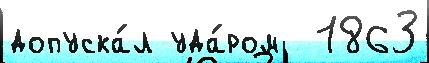
допуска́л уда́ром  1863